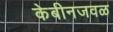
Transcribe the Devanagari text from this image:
केबीनजवळ